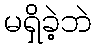
မရှိခဲ့ဘဲ